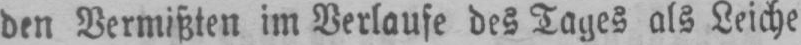
den Vermißten im Verlaufe des Tages als Leiche